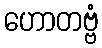
ဟောတဗ္ဗံ